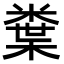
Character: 𭫮